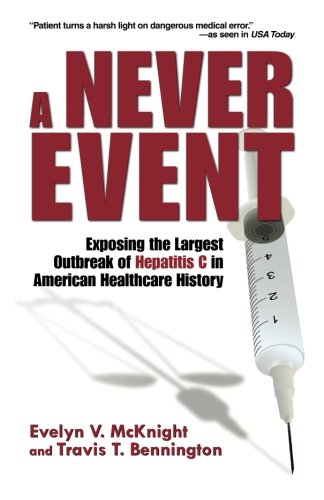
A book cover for A Never Event: Exposing the Largest Outbreak of Hepatitis C in American Healthcare History; Evelyn V. McKnight; Health, Fitness & Dieting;